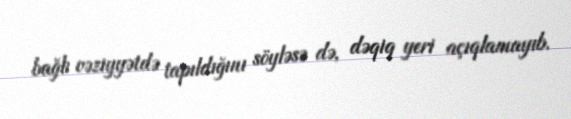
bağlı vəziyyətdə tapıldığını söyləsə də, dəqiq yeri açıqlamayıb.